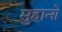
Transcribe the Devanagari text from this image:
मुहानो